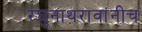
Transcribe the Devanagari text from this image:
रघुनाथरावांनीच